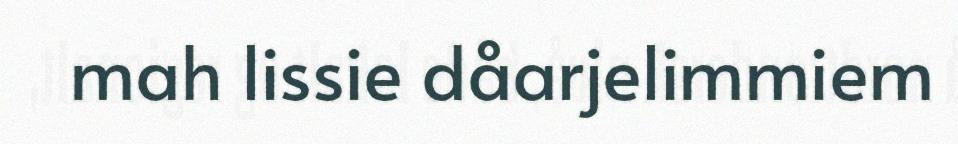
mah lissie dåarjelimmiem